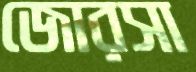
জোরসা